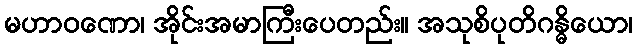
မဟာဝဏော၊ အိုင်းအမာကြီးပေတည်း။ အသုစိပုတိဂန္ဓိယော၊